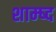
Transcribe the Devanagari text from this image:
शाम्ष्द